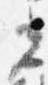
光